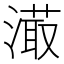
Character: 𣽇